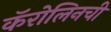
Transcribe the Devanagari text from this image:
कॅरोलिनची